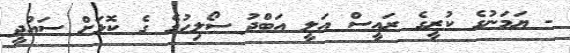
- ޔަމަނުގެ ކުރީގެ ރައީސް އަލީ އަބްދު ސޯލިހުގެ ގެ ކޮޅަށް ސައުދީ